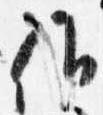
候